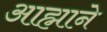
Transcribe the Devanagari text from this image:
आह्माने